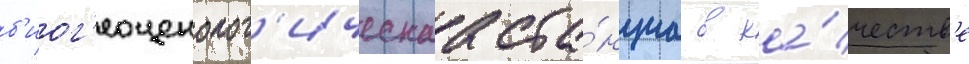
б'иог'еоценолог'ическаа ста́нциа в ка́честв'е